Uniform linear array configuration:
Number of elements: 48
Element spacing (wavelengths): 0.25
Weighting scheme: cosine
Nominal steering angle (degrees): -45
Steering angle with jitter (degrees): -46.627
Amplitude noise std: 0.05
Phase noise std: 0.05

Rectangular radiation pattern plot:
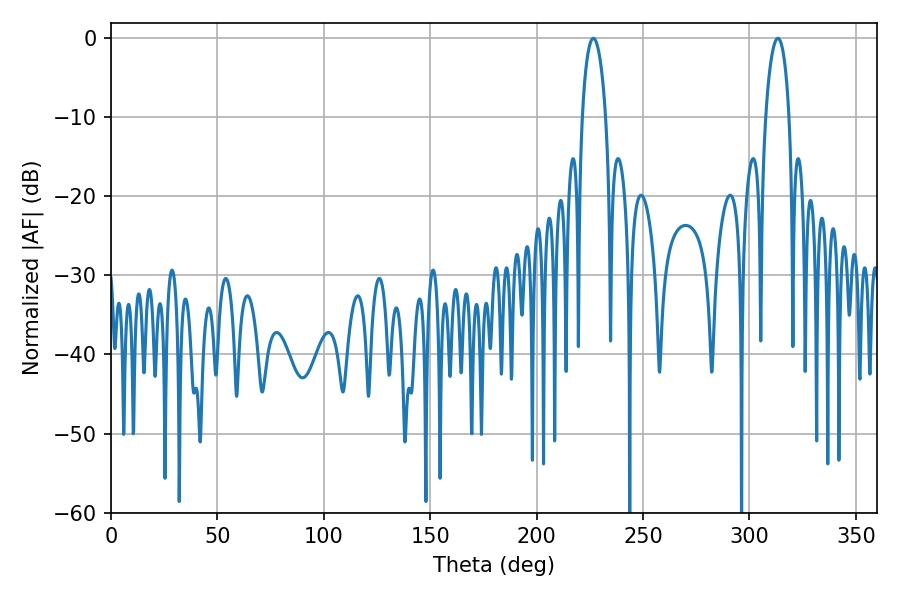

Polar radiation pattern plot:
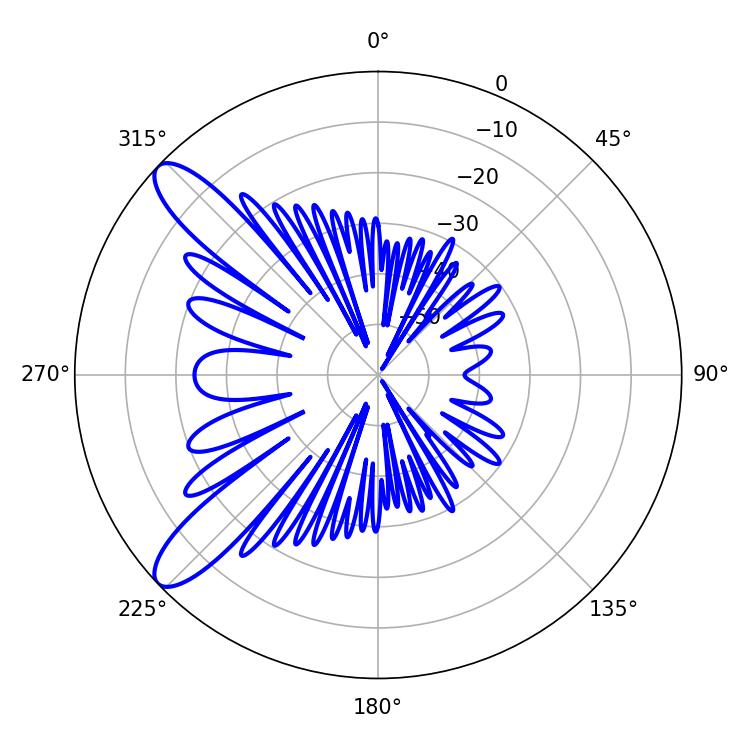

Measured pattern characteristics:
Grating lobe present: FALSE
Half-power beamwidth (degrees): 6.3
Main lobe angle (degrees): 226.62